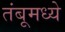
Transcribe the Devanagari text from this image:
तंबूमध्ये